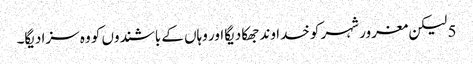
5 لیکن مغرور شہر کو خدا وند جھکا دیگا اور وہاں کے باشندوں کو وہ سزا دیگا۔